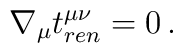
\nabla_\mu t^{\mu\nu}_{ren}=0\,.